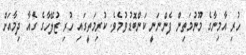
ހުރި އާމިނާގެ މޫނުމަތިން ފެންނަނީ ކަންބޮޑުވުމެވެ. ކުރިމަތީގައި ހުރި ޒުލޭހާގެ ގެއާ ދިމާއަށް